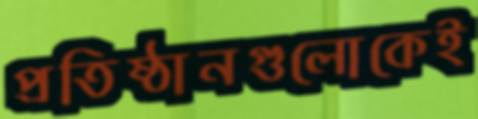
প্রতিষ্ঠানগুলোকেই